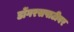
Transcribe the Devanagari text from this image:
डोंगरसपाटीवर